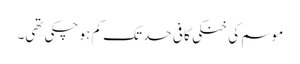
موسم کی خنکی کافی حد تک کم ہو چکی تھی۔